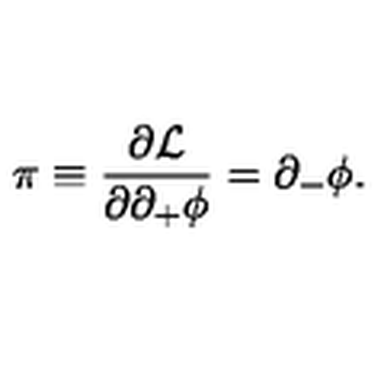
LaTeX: \pi \equiv { \frac { \partial { \cal L } } { \partial \partial _ { + } \phi } } = \partial _ { - } \phi .